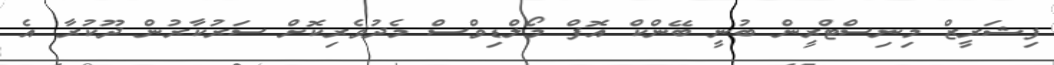
ފިޝަރީޒް މިނިސްޓްރީން ބުނީ ބޭންކް އޮފް މޯލްޑިވްސް މެދުވެރިކޮށް ސަރުކާރުން ދޫކުރާ އެ